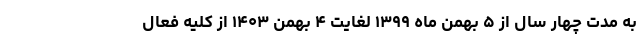
به مدت چهار سال از ۵ بهمن ماه ۱۳۹۹ لغایت ۴ بهمن ۱۴۰۳ از کلیه فعال